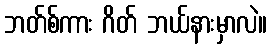
ဘတ်စ်ကား ဂိတ် ဘယ်နားမှာလဲ။